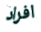
افراد